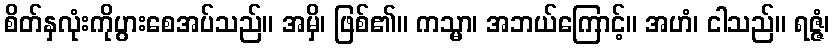
စိတ်နှလုံးကိုပွားစေအပ်သည်။ အမှိ၊ ဖြစ်၏။ ကသ္မာ၊ အဘယ်ကြောင့်။ အဟံ၊ ငါသည်။ ရဇ္ဇံ၊